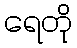
ရေတို